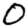
Digit: 0